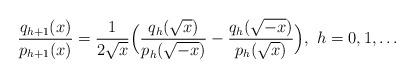
LaTeX: \begin{align*}\frac{q_{h+1}(x)}{p_{h+1}(x)}=\frac{1}{2\sqrt x}\Big(\frac{q_h(\sqrt x)}{p_h(\sqrt{-x})}-\frac{q_h(\sqrt {-x})}{p_h(\sqrt x)}\Big),~h=0,1,\dots\end{align*}